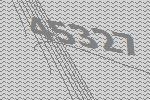
45327